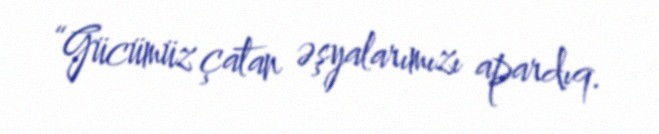
“Gücümüz çatan əşyalarımızı apardıq.